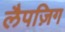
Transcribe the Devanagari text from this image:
लैपज़िग